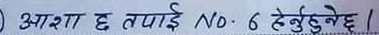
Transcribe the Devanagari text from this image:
आशा छ तपाई No. 6 हेर्नुहुनेछ!